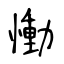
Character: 慟